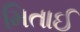
મિતાઈ